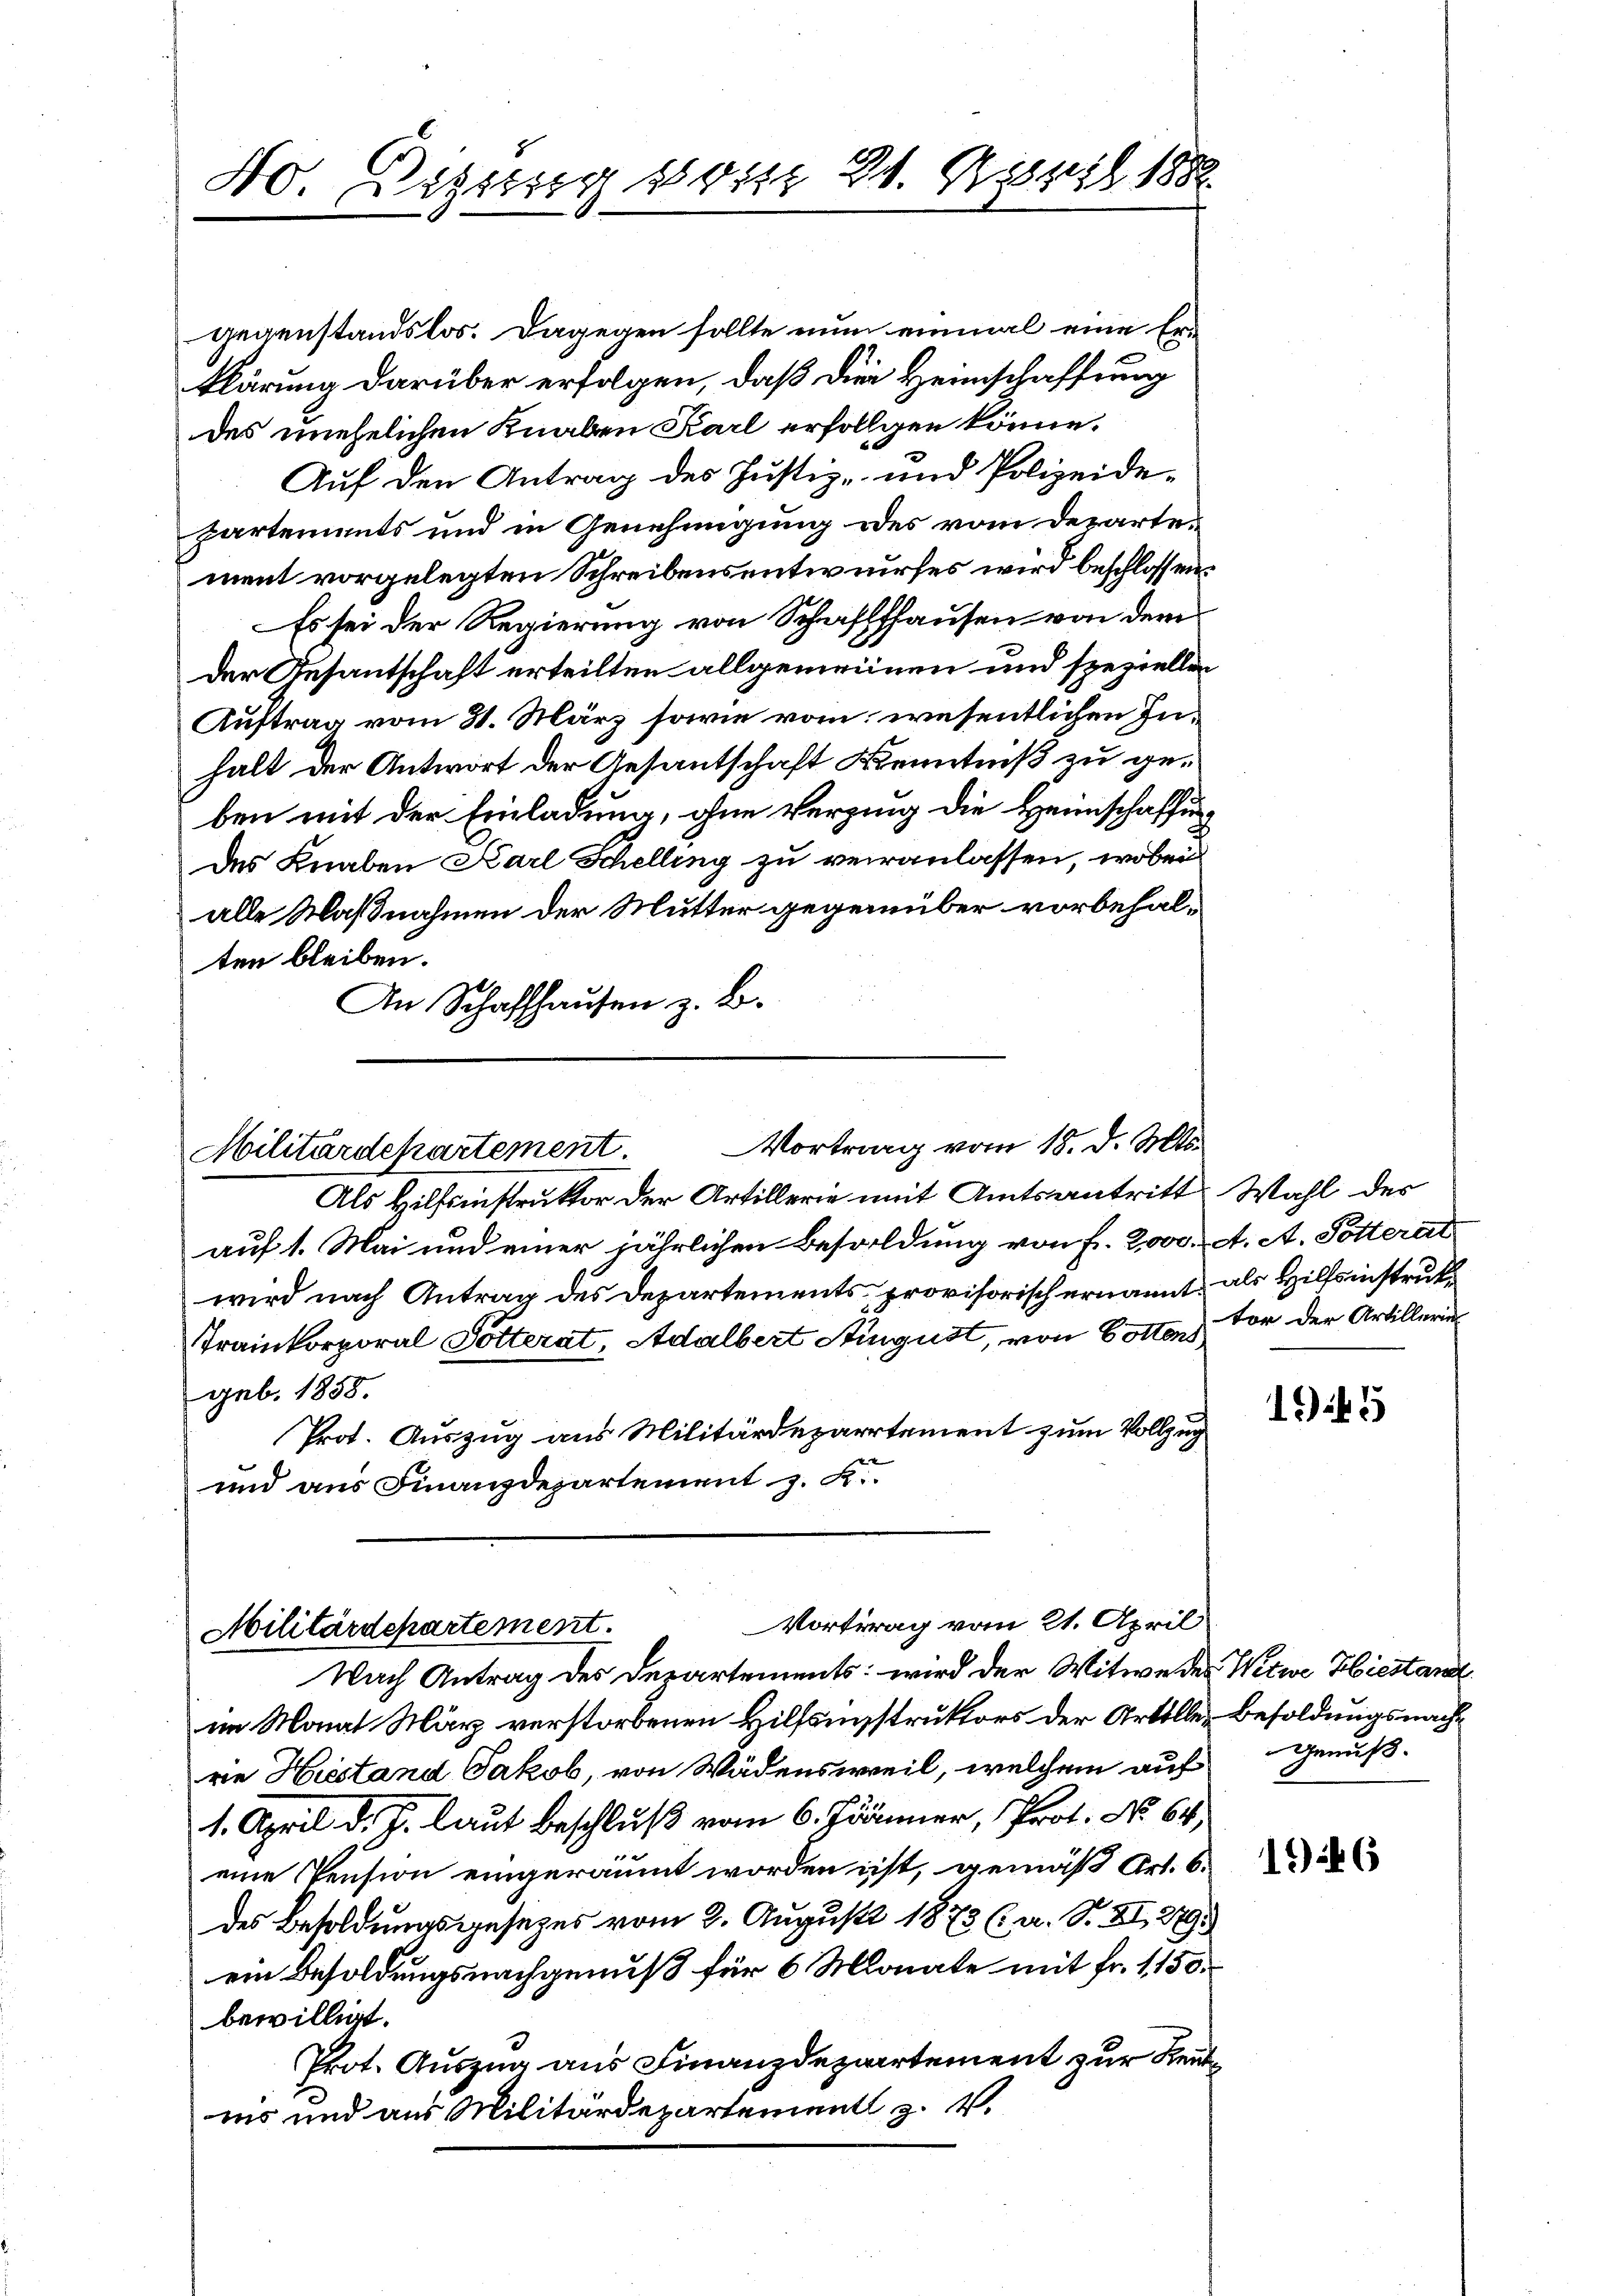
40. Wigung 1 24. April 1882

gegenstandslos. Dagegen sollte nun einmal eine Er-
klärung darüber erfolgen, daß die Heimschaffung
des unehelichen Knaben Karl erfolgen könne.
Auf den Antrag des Justiz- und Polizeidepartements und in Genehmigung des vom Departement vorgelegten Schreibensentwurfes wird beschlossen:
Es sei der Regierung von Schaffhausen von dem
der Gesantschaft erteilten allgemeinen und speziellen
Auftrag vom 31. März sowie vom wesentlichen Inhalt der Antwort der Gesantschaft Kenntniß zu geben mit der Einladung, ohne Verzig die Heimschaffung
des Knaben Karl Schelling zu veranlassen, wobei
alle Maßnahmen der Mutter gegenüber vorbehalten bleiben.
An Schaffhausen z. B.

Als Hilfsinstruktor der Artillerie mit Amtsantritt Wahl der
auf 1. Mai und einer jährlichen Besoldung von f. 2000. A. A. Pötterat
wird nach Antrag des Departements, provisorisch ernannt, als Hilfsinstruk¬
Trainkorporal Gotterat, Adalbert August, von Gottern vor der Artilleri
geb. 1858.
Prot. Auszug aus Militärdepartement zum Vollzug
und aus Finanzdepartement z. R.

Militärdepartement. Vortrag vom 18. d. Mts.

Vortrag vom 21. April
Militärdepartement.
Nach Antrag des Departements: wird der Witwe des Witwe Hiestand

im Monat März verstorbenen Hilfsunstruktors der Artille Besoldungsnachrie Hiestand Jakob, von Wädensweil, welchem auf Genuß¬
1. April d. J. laut beschluß vom 6. Jänner, Prot. No 64.
eine Pension eingeräumt worden ist, gemäß Art. 6.
des Besoldungsgesetzes vom 2. August 1873 (a. S. II, 279.
ein Besoldungsnachgenuß für 6 Monate mit Fr. 1150.
bewilligt.
Prot. Auszug aus Finanzdepartement zur Reutins und aus Militärdepartement z.

1945

1926